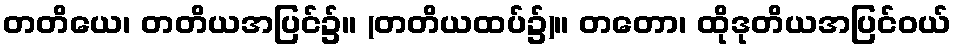
တတိယေ၊ တတိယအပြင်၌။ (တတိယထပ်၌)။ တတော၊ ထိုဒုတိယအပြင်ဝယ်